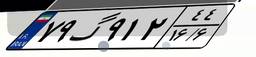
۹۴گ۵۱۲۲۷